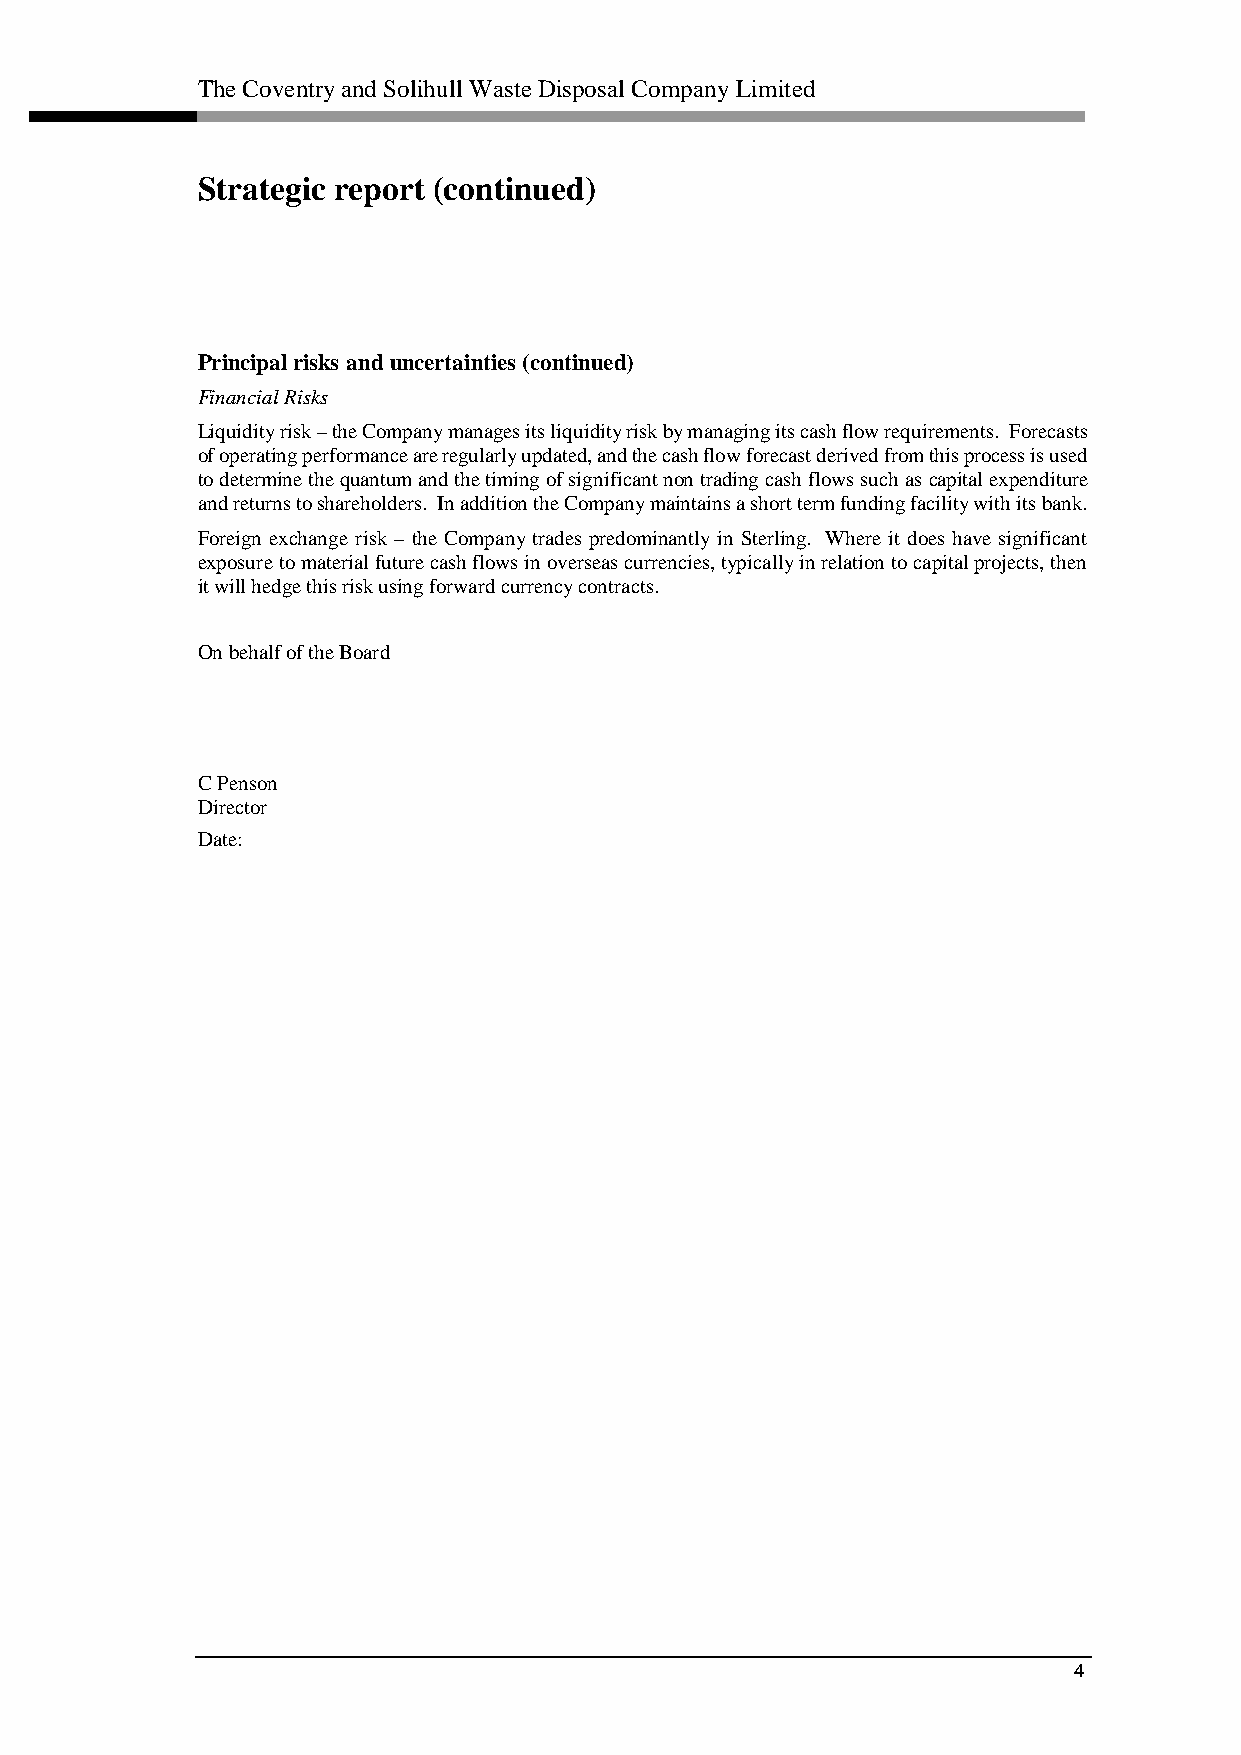
The Coventry and Solihull Waste Disposal Company Limited
 Strategic report (continued)
 Principal risks and uncertainties (continued)
 Financial Risks
 Liquidity risk – the Company manages its liquidity risk by managing its cash flow requirements. Forecasts
 of operating performance are regularly updated, and the cash flow forecast derived from this process is used
 to determine the quantum and the timing of significant non trading cash flows such as capital expenditure
 and returns to shareholders. In addition the Company maintains a short term funding facility with its bank.
 Foreign exchange risk – the Company trades predominantly in Sterling. Where it does have significant
 exposure to material future cash flows in overseas currencies, typically in relation to capital projects, then
 it will hedge this risk using forward currency contracts.
 On behalf of the Board
 C Penson
 Director
 Date:
 4